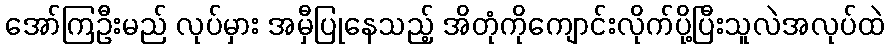
အော်ကြဦးမည် လုပ်မှား အမှီပြုနေသည့် အိတုံကိုကျောင်းလိုက်ပို့ပြီးသူလဲအလုပ်ထဲ